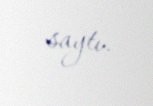
saytı.